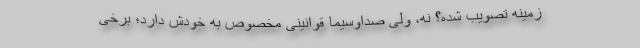
زمینه تصویب شده؟ نه، ولی صداوسیما قوانینی مخصوص به خودش دارد؛ برخی